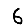
Digit: 6